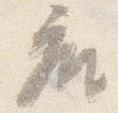
座